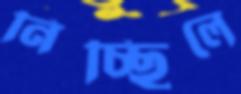
নিচ্ছিলে